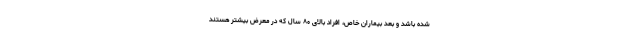
شده باشد و بعد بیماران خاص، افراد بالای ۸۰ سال که در معرض بیشتر هستند